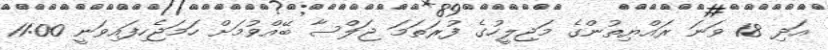
އަދި 18 ވަނަ ރައްޔިތުންގެ މަޖިލީހުގެ ފުރަތަމަ ޖަލްސާ ބޭއްވުމަށް ހަމަޖެހިފައިވަނީ 11:00